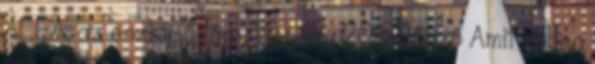
ALEA, az eszkimó lány Regény 2011 Előszó Amit ebben